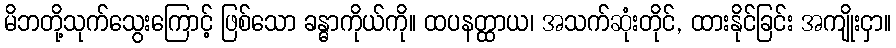
မိဘတို့သုက်သွေးကြောင့် ဖြစ်သော ခန္ဓာကိုယ်ကို။ ထပနတ္ထာယ၊ အသက်ဆုံးတိုင်, ထားနိုင်ခြင်း အကျိုးငှာ။